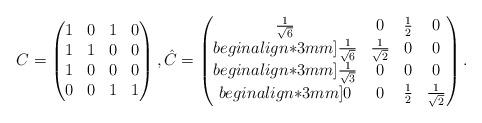
LaTeX: \begin{align*}C=\begin{pmatrix}1 & 0 & 1 & 0 \\1 & 1 & 0 & 0 \\1 & 0 & 0 & 0 \\0 & 0 & 1 & 1\end{pmatrix},\hat{C}=\begin{pmatrix}\frac{1}{\sqrt{6}} & 0 & \frac{1}{2} & 0 \\begin{align*}3mm]\frac{1}{\sqrt{6}} &\frac{1}{\sqrt{2}} & 0 & 0 \\begin{align*}3mm]\frac{1}{\sqrt{3}}& 0 & 0 & 0 \\begin{align*}3mm]0 & 0 & \frac{1}{2}& \frac{1}{\sqrt{2}}\end{pmatrix}.\end{align*}